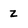
Character: z